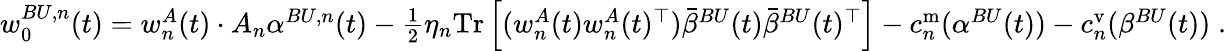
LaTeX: \begin{array}{r}{w_{0}^{BU,n}(t)=w_{n}^{A}(t)\cdot A_{n}{\alpha}^{BU,n}(t)-\frac 12\eta_{n}\mathrm{Tr}\left[(w_{n}^{A}(t)w_{n}^{A}(t)^{\top})\bar{{\beta}}^{BU}(t)\bar{{\beta}}^{BU}(t)^{\top}\right]-c_{n}^{\mathrm{m}}({\alpha}^{BU}(t))-c_{n}^{\mathrm{v}}({\beta}^{BU}(t))\; .}\end{array}